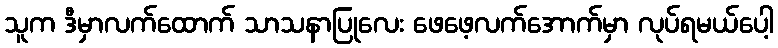
သူက ဒီမှာလက်ထောက် သာသနာပြုလေး ဖေဖေ့လက်အောက်မှာ လုပ်ရမယ်ပေါ့